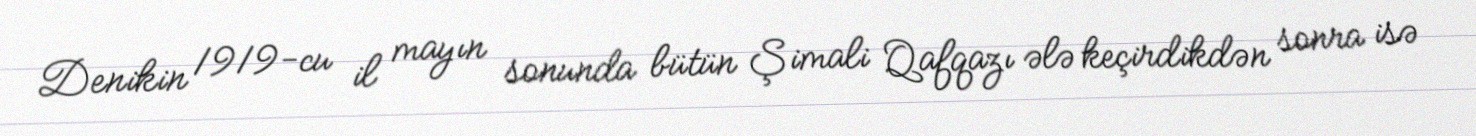
Denikin 1919-cu il mayın sonunda bütün Şimali Qafqazı ələ keçirdikdən sonra isə